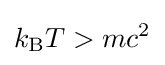
k_{\text{B}}T>mc^{2}